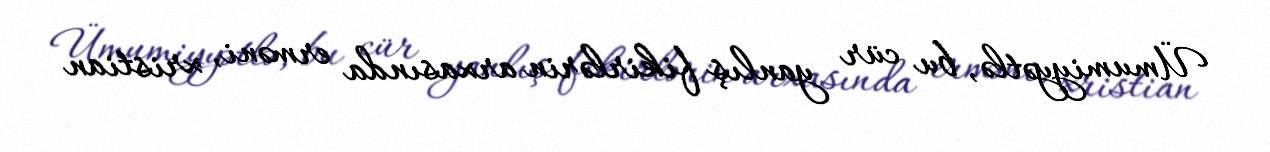
Ümumiyyətlə, bu cür yanlış fikirlərin arxasında erməni, xristian